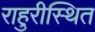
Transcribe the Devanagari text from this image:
राहुरीस्थित